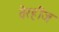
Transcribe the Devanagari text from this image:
वेरहीज